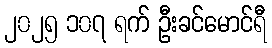
၂၀၂၅ ၁၀၇ ရက် ဦးခင်မောင်ရီ